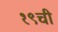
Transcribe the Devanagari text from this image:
१९ची